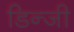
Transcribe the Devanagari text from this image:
डिन्जी